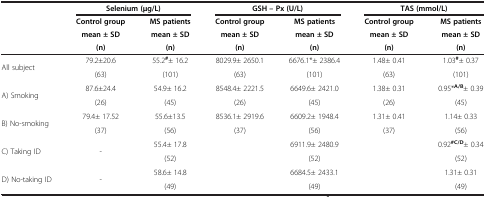
|  | <COLSPAN=2> Selenium (μg/L) | <COLSPAN=2> GSH – Px (U/L) | <COLSPAN=2> TAS (mmol/L) |
 | <ROWSPAN=2>  | Control group | MS patients | Control group | MS patients | Control group | MS patients |
 | mean ± SD | mean ± SD | mean ± SD | mean ± SD | mean ± SD | mean ± SD |
 |  | (n) | (n) | (n) | (n) | (n) | (n) |
 | --- | --- | --- | --- | --- | --- | --- |
 | <ROWSPAN=2> All subject | 79.2±20.6 | 55.2#± 16.2 | 8029.9± 2650.1 | 6676.1*± 2386.4 | 1.48± 0.41 | 1.03#± 0.37 |
 | (63) | (101) | (63) | (101) | (63) | (101) |
 | <ROWSPAN=2> A) Smoking | 87.6±24.4 | 54.9± 16.2 | 8548.4± 2221.5 | 6649.6± 2421.0 | 1.38± 0.31 | 0.95*A/B± 0.39 |
 | (26) | (45) | (26) | (45) | (26) | (45) |
 | <ROWSPAN=2> B) No-smoking | 79.4± 17.52 | 55.6±13.5 | 8536.1± 2919.6 | 6609.2± 1948.4 | 1.31± 0.41 | 1.14± 0.33 |
 | (37) | (56) | (37) | (56) | (37) | (56) |
 | <ROWSPAN=2> C) Taking ID | <ROWSPAN=2> - | 55.4± 17.8 | <ROWSPAN=2>  | 6911.9± 2480.9 | <ROWSPAN=2>  | 0.92#C/D± 0.34 |
 | (52) | (52) | (52) |
 | D) No-taking ID | - | 58.6± 14.8 |  | 6684.5± 2433.1 |  | 1.31± 0.31 |
 |  |  | (49) |  | (49) |  | (49) |